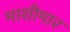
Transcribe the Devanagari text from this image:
माशीमार